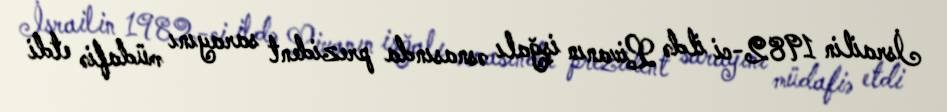
İsrailin 1982-ci ildə Livanın işğalı əsnasında prezident sarayını müdafiə etdi